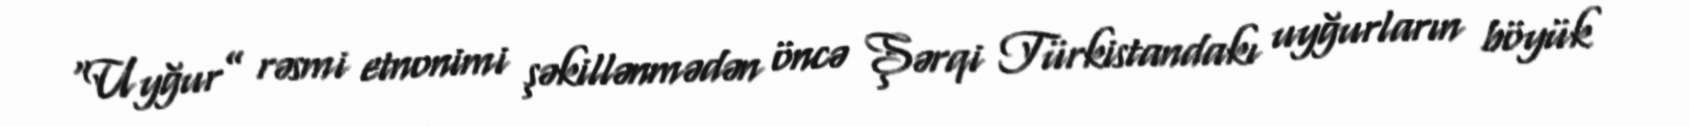
“Uyğur” rəsmi etnonimi şəkillənmədən öncə Şərqi Türkistandakı uyğurların böyük